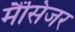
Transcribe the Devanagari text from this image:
मैंसिंजर